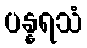
ပန္နရသံ